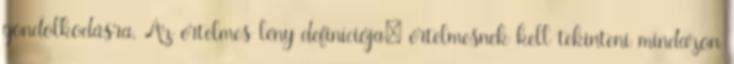
gondolkodásra. Az értelmes lény definíciója: értelmesnek kell tekinteni mindazon